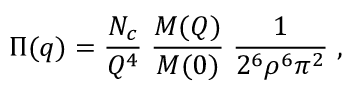
\Pi ( q ) = \frac { N _ { c } } { Q ^ { 4 } } \; \frac { M ( Q ) } { M ( 0 ) } \; \frac { 1 } { 2 ^ { 6 } \rho ^ { 6 } \pi ^ { 2 } } \; ,